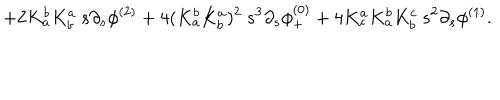
LaTeX: \; \; + 2 K _ { a } ^ { b } K _ { b } ^ { a } \: s \partial _ { s } \phi ^ { ( 2 ) } + 4 ( K _ { a } ^ { b } K _ { b } ^ { a } ) ^ { 2 } \: s ^ { 3 } \partial _ { s } \phi _ { + } ^ { ( 0 ) } + 4 K _ { c } ^ { a } K _ { a } ^ { b } K _ { b } ^ { c } \: s ^ { 2 } \partial _ { s } \phi ^ { ( 1 ) } .